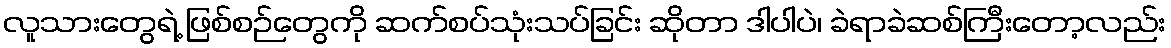
လူသားတွေရဲ့ ဖြစ်စဉ်တွေကို ဆက်စပ်သုံးသပ်ခြင်း ဆိုတာ ဒါပါပဲ၊ ခဲရာခဲဆစ်ကြီးတော့လည်း